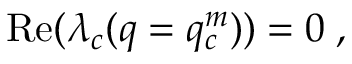
\begin{array} { r } { \mathrm { R e } ( \lambda _ { c } ( q = q _ { c } ^ { m } ) ) = 0 \; , } \end{array}